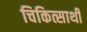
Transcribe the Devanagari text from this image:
चिकित्सार्थी